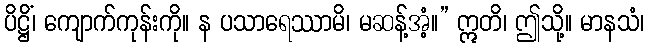
ပိဋ္ဌိံ၊ ကျောက်ကုန်းကို။ န ပသာရေဿာမိ၊ မဆန့်အံ့။” ဣတိ၊ ဤသို့။ မာနသံ၊